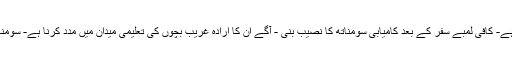
آج ان کی آنکھوں میں کامیابی کی چمک دیکھی جاسکتی ہے- کافی لمبے سفر کے بعد کامیابی سومناتھ کا نصیب بنی - آگے ان کا ارادہ غریب بچوں کی تعلیمی میدان میں مدد کرنا ہے- سومناتھ کے جذبے کو یور اسٹوری کا سلام اور نیک خواہشات